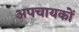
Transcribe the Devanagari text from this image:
अपचायकों